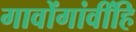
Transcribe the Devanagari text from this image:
गावोंगांवींहि